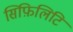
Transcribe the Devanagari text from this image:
सिफ़िलिटि